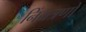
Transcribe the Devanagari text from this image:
निंयत्रणों